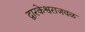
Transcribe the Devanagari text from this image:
द्वारकेश्वराजवळ